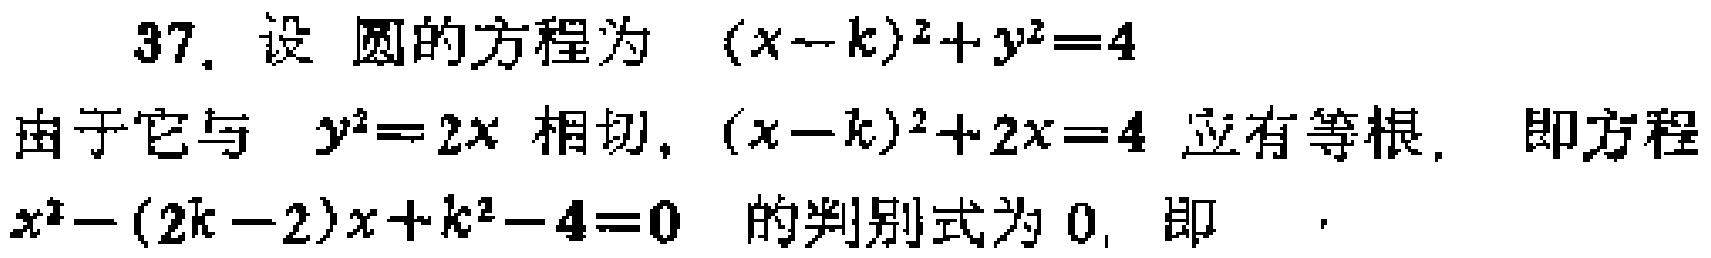
37. 设 圆的方程为 \((x - k)^2 + y^2 = 4\)
由于它与 \(y^2 = 2x\) 相切，\((x - k)^2 + 2x = 4\) 应有等根. 即方程
\(x^2 - (2k - 2)x + k^2 - 4 = 0\) 的判别式为 \(0\)，即  .